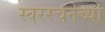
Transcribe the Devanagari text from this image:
स्वररचनेच्या